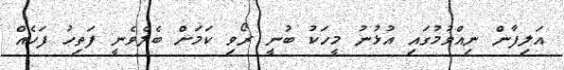
އަލިފާން ނިއްވުމުގައި އުޅުނު މީހަކު ބުނީ ރޯވި ކަމަށް ބެލެވެނީ ފަތިހު ފަހެއް